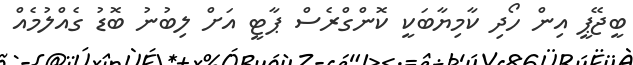
ބީޖޭޕީ އިން ހޯދި ކާމިޔާބަކީ ކޮންގްރެސް ޕާޓީ އަށް ލިބުނު ބޮޑު ގެއްލުމެއް